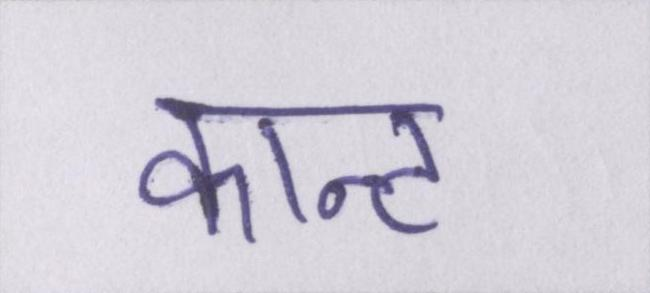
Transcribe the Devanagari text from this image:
कान्ट